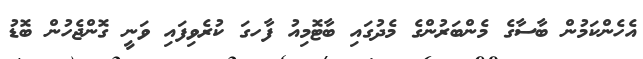
އެހެންކަމުން ބާސާގެ މެންބަރުންގެ މެދުގައި ބާޓޮމިއު ފާހގަ ކުރެވިފައި ވަނީ ގޮންޖެހުން ބޮޑު